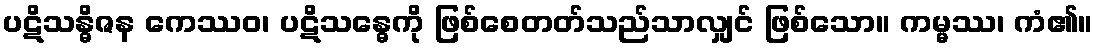
ပဋိသန္ဓိဇန ကေဿဝ၊ ပဋိသန္ဓေကို ဖြစ်စေတတ်သည်သာလျှင် ဖြစ်သော။ ကမ္မဿ၊ ကံ၏။